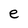
Character: e